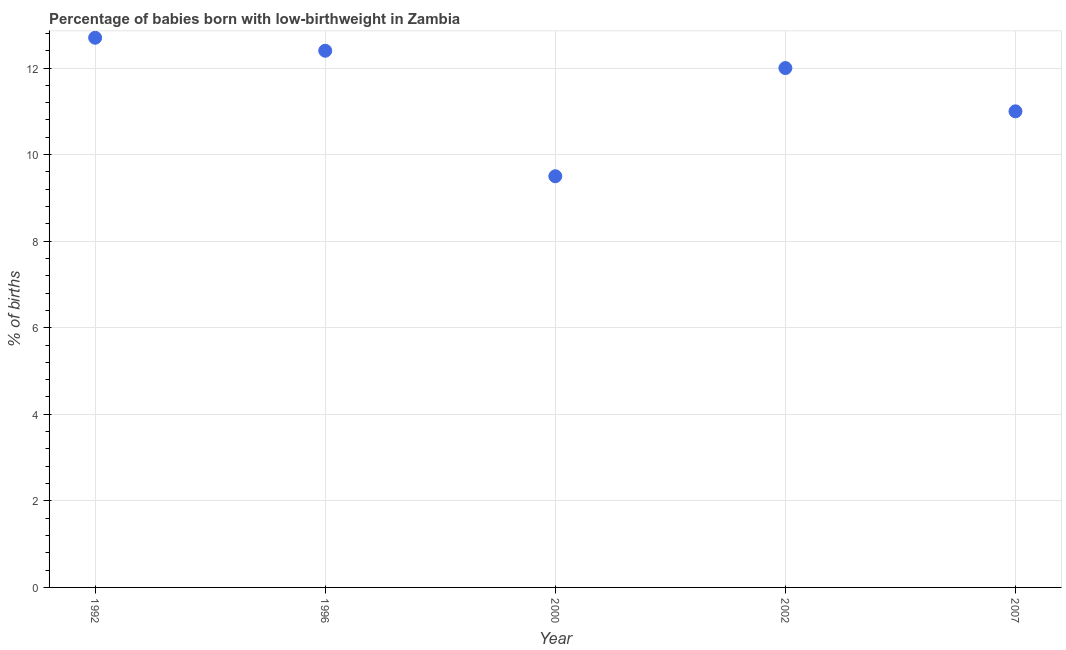
| Year | Low-birthweight babies |
 | --- | --- |
 | 1992 | 12.7 |
 | 1996 | 12.4 |
 | 2000 | 9.5 |
 | 2002 | 12 |
 | 2007 | 11 |